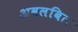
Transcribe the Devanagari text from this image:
अवलबित